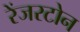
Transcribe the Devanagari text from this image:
रेंजरटोन